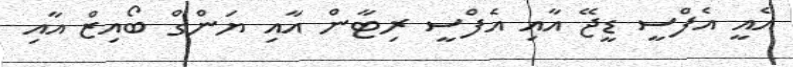
އެއީ އެފްސީ ޑީޖޭ އާއި އެފްސީ ރިޓާން އާއި ޔަންގް ބޯއިޒް އާއި